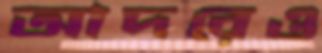
আদরেও